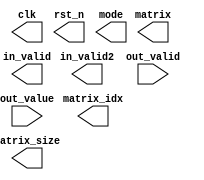
//############################################################################
//++++++++++++++++++++++++++++++++++++++++++++++++++++++++++++++++++++++++++++
//      (C) Copyright NCTU OASIS Lab      
//            All Right Reserved
//++++++++++++++++++++++++++++++++++++++++++++++++++++++++++++++++++++++++++++
//
//   2022 ICLAB fall Course
//   Lab05			: SRAM, Matrix Multiplication with Systolic Array
//
//++++++++++++++++++++++++++++++++++++++++++++++++++++++++++++++++++++++++++++
//
//   Module Name : TESTBED
//   Release version : v1.0
//
//++++++++++++++++++++++++++++++++++++++++++++++++++++++++++++++++++++++++++++
//############################################################################
`ifdef RTL
	`timescale 1ns/10ps
	`include "MMT.v"
	`define CYCLE_TIME 20.0
`endif
`ifdef GATE
	`timescale 1ns/10ps
	`include "MMT_SYN.v"
	`define CYCLE_TIME 20.0
`endif

module PATTERN(
// output signals
    clk,
    rst_n,
    in_valid,
	in_valid2,
    matrix,
	matrix_size,
    matrix_idx,
    mode,
// input signals
    out_valid,
    out_value
);
//================================================================
//   parameters & integers
//================================================================

//================================================================
//   INPUT AND OUTPUT DECLARATION                         
//================================================================
output reg 		  clk, rst_n, in_valid, in_valid2;
output reg [7:0] matrix;
output reg [1:0]  matrix_size,mode;
output reg [4:0]  matrix_idx;

input 				out_valid;
input signed [49:0] out_value;
//================================================================
//    wires % registers
//================================================================

//================================================================
//    clock
//================================================================

//================================================================
//    initial
//================================================================

endmodule